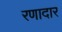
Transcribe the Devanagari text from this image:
रणादार